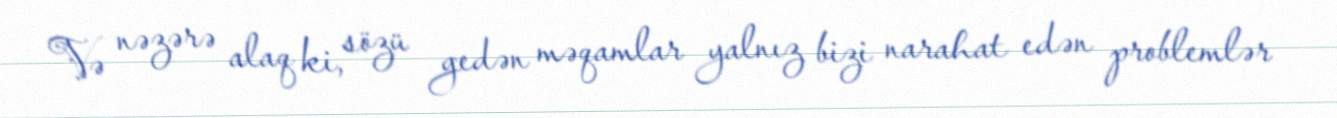
Və nəzərə alaq ki, sözü gedən məqamlar yalnız bizi narahat edən problemlər